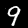
Digit: 9